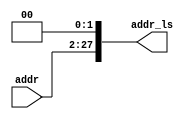
`timescale 1ns / 1ps
//////////////////////////////////////////////////////////////////////////////////
// Company: 
// Engineer: 
// 
// Design Name: 
// Module Name: addr_leftshift
// Project Name: 
// Target Devices: 
// Tool Versions: 
// Description: 
// 
// Dependencies: 
// 
// Revision:
// Revision 0.01 - File Created
// Additional Comments:
// 
//////////////////////////////////////////////////////////////////////////////////


module addr_leftshift(addr, addr_ls);
    input [25:0] addr;
    output [27:0] addr_ls;
    assign addr_ls[27:2] = addr; //test this
    assign addr_ls[1:0] = 0;
endmodule